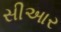
સીઆર